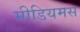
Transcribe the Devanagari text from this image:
मीडियमस